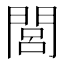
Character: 閭